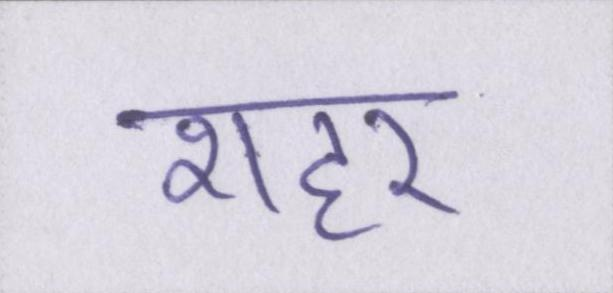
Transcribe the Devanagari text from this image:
शहर